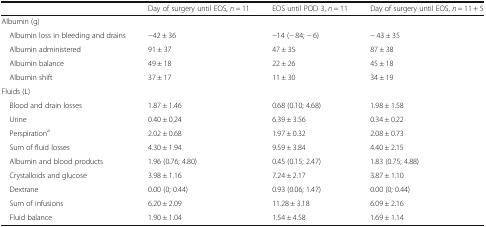
|  | Day of surgery until EOS, n = 11 | EOS until POD 3, n = 11 | Day of surgery until EOS, n = 11 + 5 |
 | --- | --- | --- | --- |
 | <COLSPAN=4> Albumin (g) |
 | Albumin loss in bleeding and drains | −42 ± 36 | −14 (− 84; − 6) | − 43 ± 35 |
 | Albumin administered | 91 ± 37 | 47 ± 35 | 87 ± 38 |
 | Albumin balance | 49 ± 18 | 22 ± 26 | 45 ± 18 |
 | Albumin shift | 37 ± 17 | 11 ± 30 | 34 ± 19 |
 | <COLSPAN=4> Fluids (L) |
 | Blood and drain losses | 1.87 ± 1.46 | 0.68 (0.10; 4.68) | 1.98 ± 1.58 |
 | Urine | 0.40 ± 0.24 | 6.39 ± 3.56 | 0.34 ± 0.22 |
 | Perspirationa | 2.02 ± 0.68 | 1.97 ± 0.32 | 2.08 ± 0.73 |
 | Sum of fluid losses | 4.30 ± 1.94 | 9.59 ± 3.84 | 4.40 ± 2.15 |
 | Albumin and blood products | 1.96 (0.76; 4.80) | 0.45 (0.15; 2.47) | 1.83 (0.75; 4.88) |
 | Crystalloids and glucose | 3.98 ± 1.16 | 7.24 ± 2.17 | 3.87 ± 1.10 |
 | Dextrane | 0.00 (0; 0.44) | 0.93 (0.06; 1.47) | 0.00 (0; 0.44) |
 | Sum of infusions | 6.20 ± 2.09 | 11.28 ± 3.18 | 6.09 ± 2.16 |
 | Fluid balance | 1.90 ± 1.04 | 1.54 ± 4.58 | 1.69 ± 1.14 |